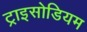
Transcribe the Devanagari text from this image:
ट्राइसोडियम